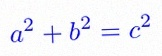
a^2+b^2=c^2